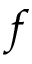
f